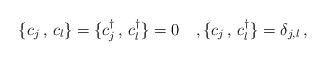
LaTeX: \begin{align*}\{c_j\,,\,c_{l}\}=\{c^{\dagger}_j\,,\,c^{\dagger}_{l}\}=0 \quad,\{c_j\,,\,c^{\dagger}_l\}=\delta_{j,l}\,,\end{align*}